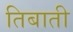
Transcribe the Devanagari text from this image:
तिबाती